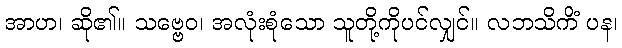
အာဟ၊ ဆို၏။ သဗ္ဗေဝ၊ အလုံးစုံသော သူတို့ကိုပင်လျှင်။ လဘသိကိံ ပန၊